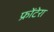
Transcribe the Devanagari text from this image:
फ्रोंटेरा